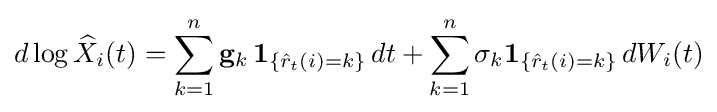
d\log {\widehat {X}}_{i}(t)=\sum _{k=1}^{n}\mathbf {g} _{k}\,\mathbf {1} _{\{{\hat {r}}_{t}(i)=k\}}\,dt+\sum _{k=1}^{n}\mathbf {\sigma } _{k}\mathbf {1} _{\{{\hat {r}}_{t}(i)=k\}}\,dW_{i}(t)